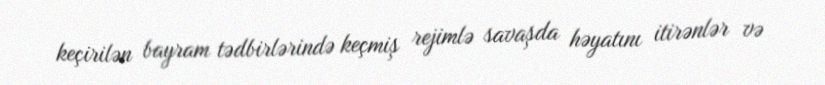
keçirilən bayram tədbirlərində keçmiş rejimlə savaşda həyatını itirənlər və